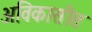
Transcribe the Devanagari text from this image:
अविकासीत